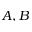
A , B